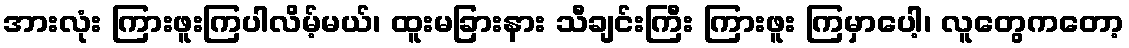
အားလုံး ကြားဖူးကြပါလိမ့်မယ်၊ ထူးမခြားနား သီချင်းကြီး ကြားဖူး ကြမှာပေါ့၊ လူတွေကတော့